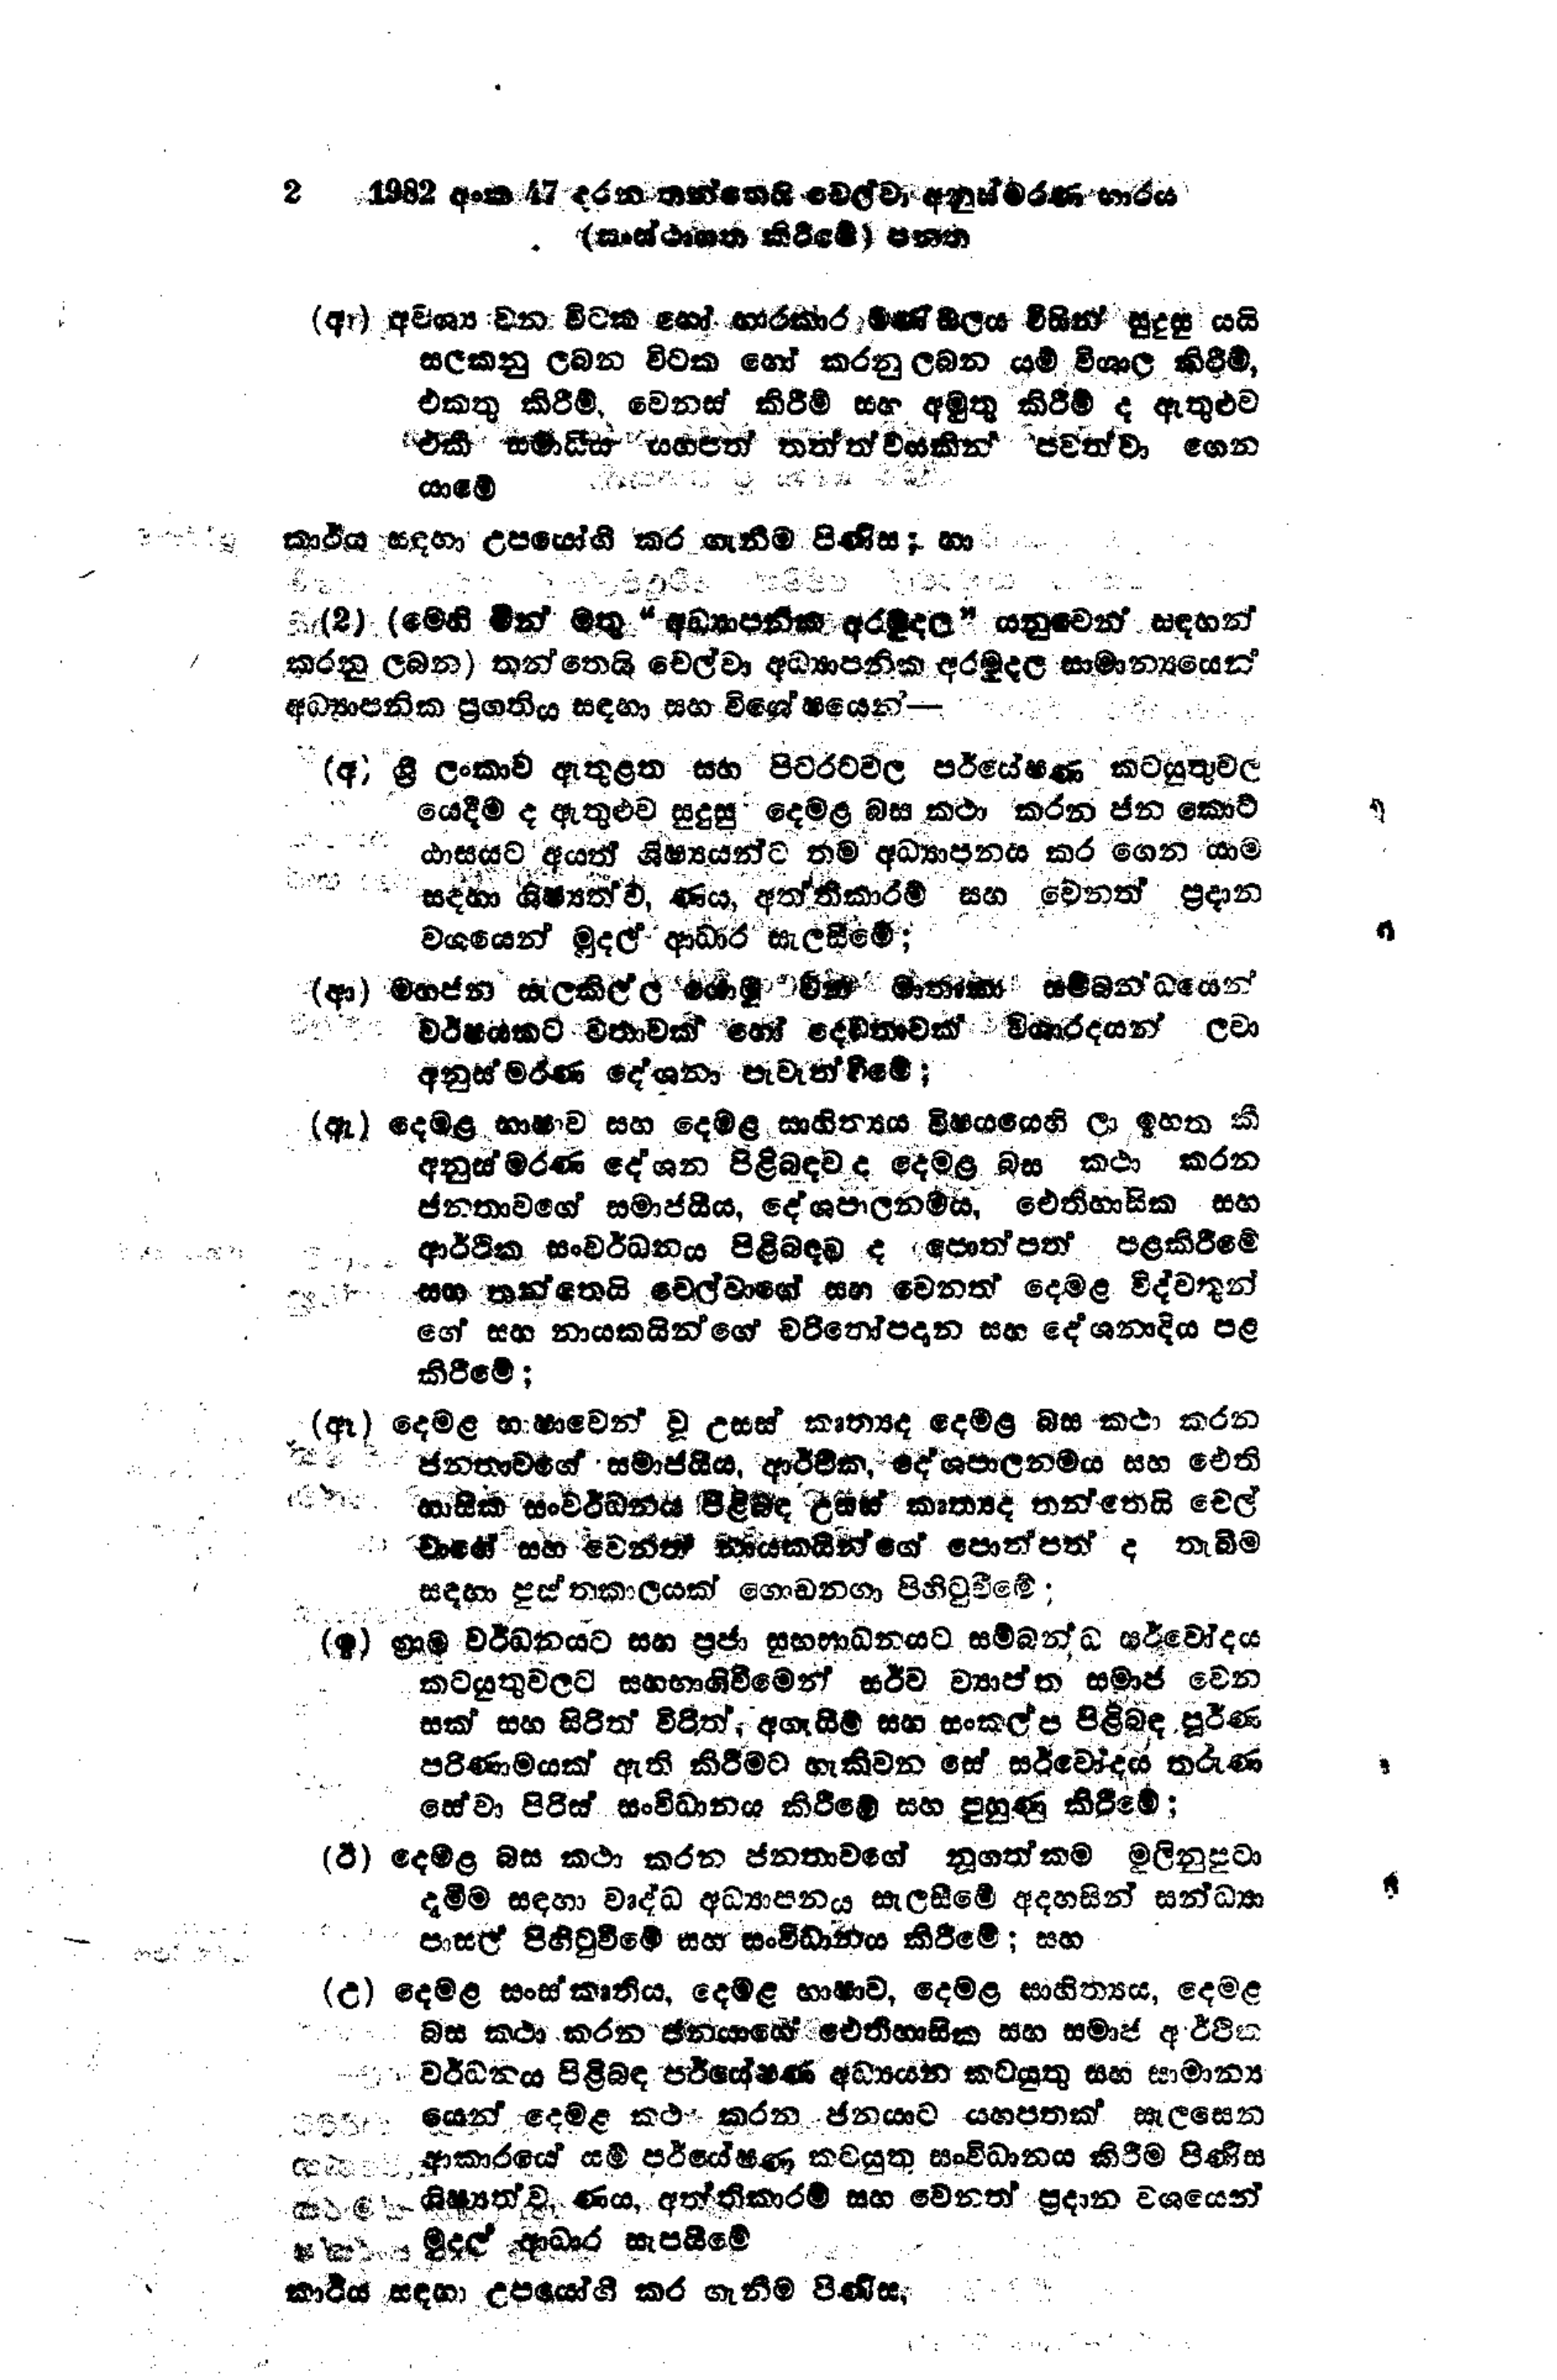
2 1982 අංක 47 දරන තන්තෙයි වෙල්වා අනුස්මරණ භාරය
(සංස්ථාගන කිරීමේ)  පනත

(අ) අවශ්‍ය වන විටක හෝ භාරකාර මණ්ඩලය විසින් සුදුසු යයි
සලකනු ලබන විටක හෝ කරනු ලබන යම් විශාල කිරීම්,
එකතු කිරීම්, වෙනස් කිරීම් සහ අමුතු කිරීම් ද ඇතුළුව
එකී සමාධිය යහපත් තත්ත්වයකින් පවත්වා ගෙන
යාමේ

කාර්ය සඳහා උපයෝගි කර ගැනීම පිණිස; හා

(2) (මෙහි මින් මතු "අධ්‍යාපනික අරමුදල " යනුවෙන් සඳහන්
කරනු ලබන) තන්තෙයි චෙල්වා අධ්‍යාපනික අරමුදල සාමාන්‍යයෙන්
අධ්‍යාපනික ප්‍රගතිය සඳහා සහ විශේෂයෙන් -

(අ) ශ්‍රී ලංකාව ඇතුළත සහ පිටරටවල පර්යේෂණ කටයුතුවල
යෙදීම ද ඇතුළුව සුදුසු දෙමළ බස කථා කරන ජන කොට්
වාසයට අයත් ශිෂ්‍යයන්ට තම අධ්‍යාපනය කර ගෙන යාම
සඳහා ශිෂ්‍යත්ව, ණය, අත්තිකාරම් සහ වෙනත් ප්‍රදාන
වශයෙන් මුදල් ආධාර සැලසීමේ;

(ආ) මහජන සැලකිල්ල යොමු වන මාතෘකා සම්බන්ධයෙන්
වර්ෂයකට වතාවක් හෝ දෙවතාවක් විශාරදයන් ලවා
අනුස්මරණ දේශනා පැවැත්වීමේ;

(ඇ) දෙමළ භාෂාව සහ දෙමළ සාහිත්‍යය විෂයයෙහි ඉහත කී
අනුස්මරණ දේශන පිළිබඳව ද දෙමළ බස කථා කරන
ජනතාවගේ සමාජයයීය, දේශපාලනමය, ඓතිහාසික සහ
ආර්ථික සංවර්ධනය පිළිබඳව ද පොත්පත් පළ කිරීමේ
සහ තන්තෙයි වෙල්වාගේ සහ වෙනත් දෙමළ විද්වතුන්
ගේ සහ නායකයින්ගේ චරිතෝපදාන සහ දේශනාදිය පළ
කිරීමේ;

(ඈ) දෙමළ භාෂාවෙන් වූ උසස් කෘත්‍යද දෙමළ බස කථා කරන
ජනතාවගේ සමාජයීය, ආර්ථික, දේශපාලනමය සහ ඓති
හාසික සංවර්ධනය පිළිබඳ උසස් කෘත්‍යද තන්තෙයි චෙල්
වාගේ සහ වෙනත් නායකයින්ගේ පොත්පත් ද තැබීම
සඳහා පුස්තකාලයක් ගොඩනගා පිහිටුවීමේ;

(ඉ) ග්‍රාම වර්ධනයට සහ ප්‍රජා සුභසාධනයට සම්බන්ධ සර්වෝදය
කටයුතුවලට සහභාගිවීමෙන් සර්ව ව්‍යාප්ත සමාජ වෙන
සක් සහ සිරිත් විරිත්, අගැයීම් සහ සංකල්ප පිළිබඳ පූර්ණ
පරිණාමයක් ඇති කිරීමට හැකිවන සේ සර්වෝදය තරුණ
සේවා පිරිස් සංවිධානය කිරීමේ සහ පුහුණු කිරීමේ;

(ඊ) දෙමළ බස කථා කරන ජනතාවගේ නූගත්කම මුලිනුපුටා
දැමීම සඳහා වෘද්ධ අධ්‍යාපනය සැලසීමේ අදහසින් සන්ධ්‍යා
පාසල් පිහිටුවීමේ සහ සංවිධානය කිරීමේ; සහ

(උ) දෙමළ සංස්කෘතිය, දෙමළ භාෂාව, දෙමළ සාහිත්‍යය, දෙමළ
බස කථා කරන ජනයාගේ ඓතිහාසික සහ සමාජ අර්ථික
වර්ධනය පිළිබඳ පර්යේෂණ අධ්‍යයන කටයුතු සහ සාමාන්‍ය
‍යෙන් දෙමළ කථා කරන ජනයාට යහපතක් සැලසෙන
කළ ආකාරයේ යම් පර්යේෂණ කටයුතු සංවිධානය කිරීම පිණිස
ශිෂ්‍යත්ව, ණය, අත්තිකාරම් සහ වෙනත් ප්‍රදාන වශයෙන්
මුදල් ආධාර සැපයීමේ

කාර්ය සඳහා උපයෝගී කර ගැනීම පිණිස,